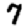
Digit: 7